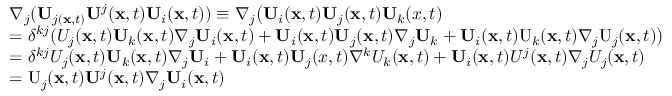
\begin{array} { r l } & { \nabla _ { j } ( \mathbf { U } _ { j ( \mathbf { x } , t ) } \mathbf { U } ^ { j } ( \mathbf { x } , t ) \mathbf { U } _ { i } ( \mathbf { x } , t ) ) \equiv \nabla _ { j } \big ( \mathbf { U } _ { i } ( \mathbf { x } , t ) \mathbf { U } _ { j } ( \mathbf { x } , t ) \mathbf { U } _ { k } ( x , t ) } \\ & { = \delta ^ { k j } ( U _ { j } ( \mathbf { x } , t ) \mathbf { U } _ { k } ( \mathbf { x } , t ) \nabla _ { j } \mathbf { U } _ { i } ( \mathbf { x } , t ) + \mathbf { U } _ { i } ( \mathbf { x } , t ) \mathbf { U } _ { j } ( \mathbf { x } , t ) \nabla _ { j } \mathbf { U } _ { k } + \mathbf { U } _ { i } ( \mathbf { x } , t ) \mathrm { U } _ { k } ( \mathbf { x } , t ) \nabla _ { j } \mathrm { U } _ { j } ( \mathbf { x } , t ) \big ) } \\ & { = \delta ^ { k j } U _ { j } ( \mathbf { x } , t ) \mathbf { U } _ { k } ( \mathbf { x } , t ) \nabla _ { j } \mathbf { U } _ { i } + \mathbf { U } _ { i } ( \mathbf { x } , t ) \mathbf { U } _ { j } ( x , t ) \nabla ^ { k } U _ { k } ( \mathbf { x } , t ) + \mathbf { U } _ { i } ( \mathbf { x } , t ) U ^ { j } ( \mathbf { x } , t ) \nabla _ { j } U _ { j } ( \mathbf { x } , t ) } \\ & { = \mathrm { U } _ { j } ( \mathbf { x } , t ) \mathbf { U } ^ { j } ( \mathbf { x } , t ) \nabla _ { j } \mathbf { U } _ { i } ( \mathbf { x } , t ) } \end{array}